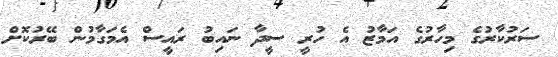
ސަރުކާރުގެ މިހާރުގެ އަމާޒު އެ ހުރީ ސީދާ ނައިބު ރައީސް އެމަގާމުން ބޭރުކޮށް